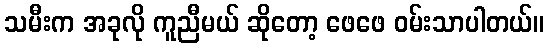
သမီးက အခုလို ကူညီမယ် ဆိုတော့ ဖေဖေ ဝမ်းသာပါတယ်။